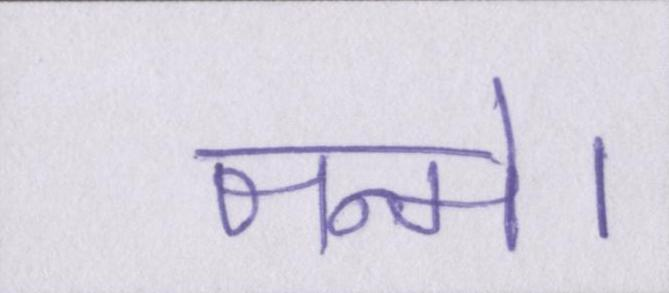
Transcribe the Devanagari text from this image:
जन्मे।